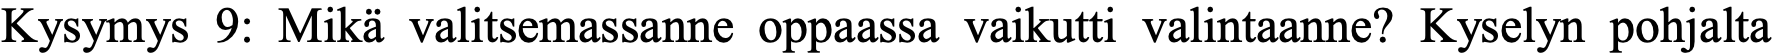
Kysymys 9: Mikä valitsemassanne oppaassa vaikutti valintaanne? Kyselyn pohjalta